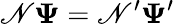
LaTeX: \mathscr{N}\boldsymbol\Psi=\mathscr{N}^{\prime}\boldsymbol\Psi^{\prime}